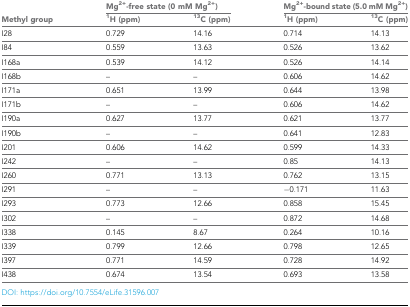
<table><thead><tr><td rowspan="2"><b>Methyl group</b></td><td colspan="2"><b>Mg<sup>2+</sup>-free state (0 mM Mg<sup>2+</sup>)</b></td><td colspan="2"><b>Mg<sup>2+</sup>-bound state (5.0 mM Mg<sup>2+</sup>)</b></td></tr><tr><td><b><sup>1</sup>H (ppm)</b></td><td><b><sup>13</sup>C (ppm)</b></td><td><b><sup>1</sup>H (ppm)</b></td><td><b><sup>13</sup>C (ppm)</b></td></tr></thead><tbody><tr><td>I28</td><td>0.729</td><td>14.16</td><td>0.714</td><td>14.13</td></tr><tr><td>I84</td><td>0.559</td><td>13.63</td><td>0.526</td><td>13.62</td></tr><tr><td>I168a</td><td>0.539</td><td>14.12</td><td>0.526</td><td>14.14</td></tr><tr><td>I168b</td><td>–</td><td>–</td><td>0.606</td><td>14.62</td></tr><tr><td>I171a</td><td>0.651</td><td>13.99</td><td>0.644</td><td>13.98</td></tr><tr><td>I171b</td><td>–</td><td>–</td><td>0.606</td><td>14.62</td></tr><tr><td>I190a</td><td>0.627</td><td>13.77</td><td>0.621</td><td>13.77</td></tr><tr><td>I190b</td><td>–</td><td>–</td><td>0.641</td><td>12.83</td></tr><tr><td>I201</td><td>0.606</td><td>14.62</td><td>0.599</td><td>14.33</td></tr><tr><td>I242</td><td>–</td><td>–</td><td>0.85</td><td>14.13</td></tr><tr><td>I260</td><td>0.771</td><td>13.13</td><td>0.762</td><td>13.15</td></tr><tr><td>I291</td><td>–</td><td>–</td><td>−0.171</td><td>11.63</td></tr><tr><td>I293</td><td>0.773</td><td>12.66</td><td>0.858</td><td>15.45</td></tr><tr><td>I302</td><td>–</td><td>–</td><td>0.872</td><td>14.68</td></tr><tr><td>I338</td><td>0.145</td><td>8.67</td><td>0.264</td><td>10.16</td></tr><tr><td>I339</td><td>0.799</td><td>12.66</td><td>0.798</td><td>12.65</td></tr><tr><td>I397</td><td>0.771</td><td>14.59</td><td>0.728</td><td>14.92</td></tr><tr><td>I438</td><td>0.674</td><td>13.54</td><td>0.693</td><td>13.58</td></tr></tbody></table>